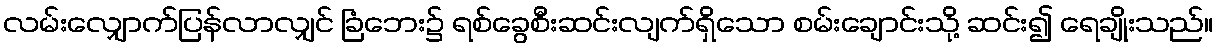
လမ်းလျှောက်ပြန်လာလျှင် ခြံဘေး၌ ရစ်ခွေစီးဆင်းလျက်ရှိသော စမ်းချောင်းသို့ ဆင်း၍ ရေချိုးသည်။